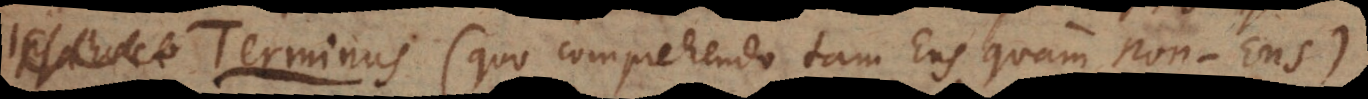
Terminus (quo comprehendo tam Ens quam Non‐Ens).